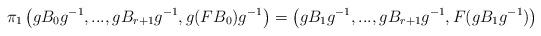
LaTeX: \begin{align*}\pi_1\left(gB_0g^{-1},...,gB_{r+1}g^{-1}, g(FB_0)g^{-1}\right)=\left(gB_1g^{-1},...,gB_{r+1}g^{-1}, F(gB_1g^{-1})\right)\end{align*}